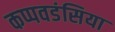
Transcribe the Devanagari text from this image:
कप्पवडंसिया